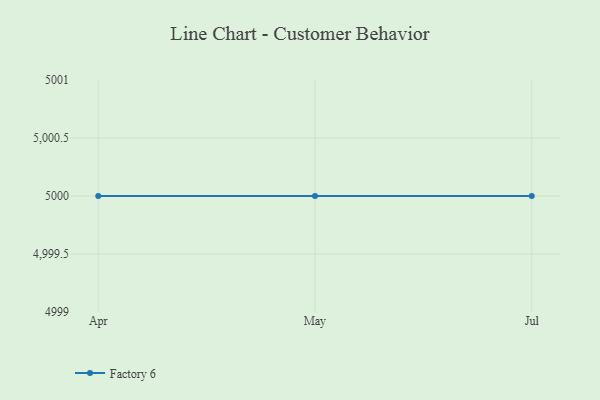
{"axis": {"x": "Month", "y": "Demand Index"}, "legend": ["Factory 6"], "data": [{"x": "Apr", "y": 5000, "type": "Factory 6"}, {"x": "May", "y": 5000, "type": "Factory 6"}, {"x": "Jul", "y": 5000, "type": "Factory 6"}]}